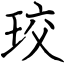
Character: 珓